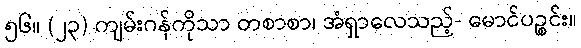
၅၆။ (၂၃) ကျမ်းဂန်ကိုသာ တစာစာ၊ အံရှာလေသည့်- မောင်ပဉ္စင်း။